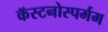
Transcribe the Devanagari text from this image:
कॅस्टनोस्पर्मम